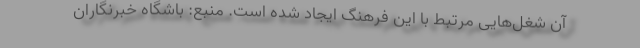
آن شغل‌هایی مرتبط با این فرهنگ ایجاد شده است. منبع: باشگاه خبرنگاران